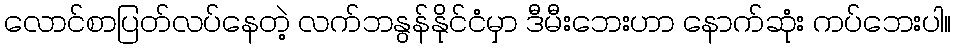
လောင်စာပြတ်လပ်နေတဲ့ လက်ဘနွန်နိုင်ငံမှာ ဒီမီးဘေးဟာ နောက်ဆုံး ကပ်ဘေးပါ။